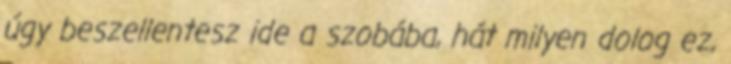
úgy beszellentesz ide a szobába, hát milyen dolog ez,